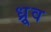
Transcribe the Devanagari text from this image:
ध्र्रूव